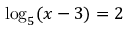
\log _ { 5 } ( x - 3 ) = 2